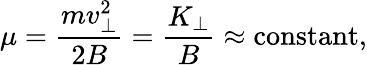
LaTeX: \mu=\frac{mv_{\perp}^{2}}{2B}=\frac{K_{\perp}}{B}\approx\textrm{constant},